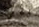
للشر